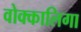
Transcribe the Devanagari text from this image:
वोक्कालिगा